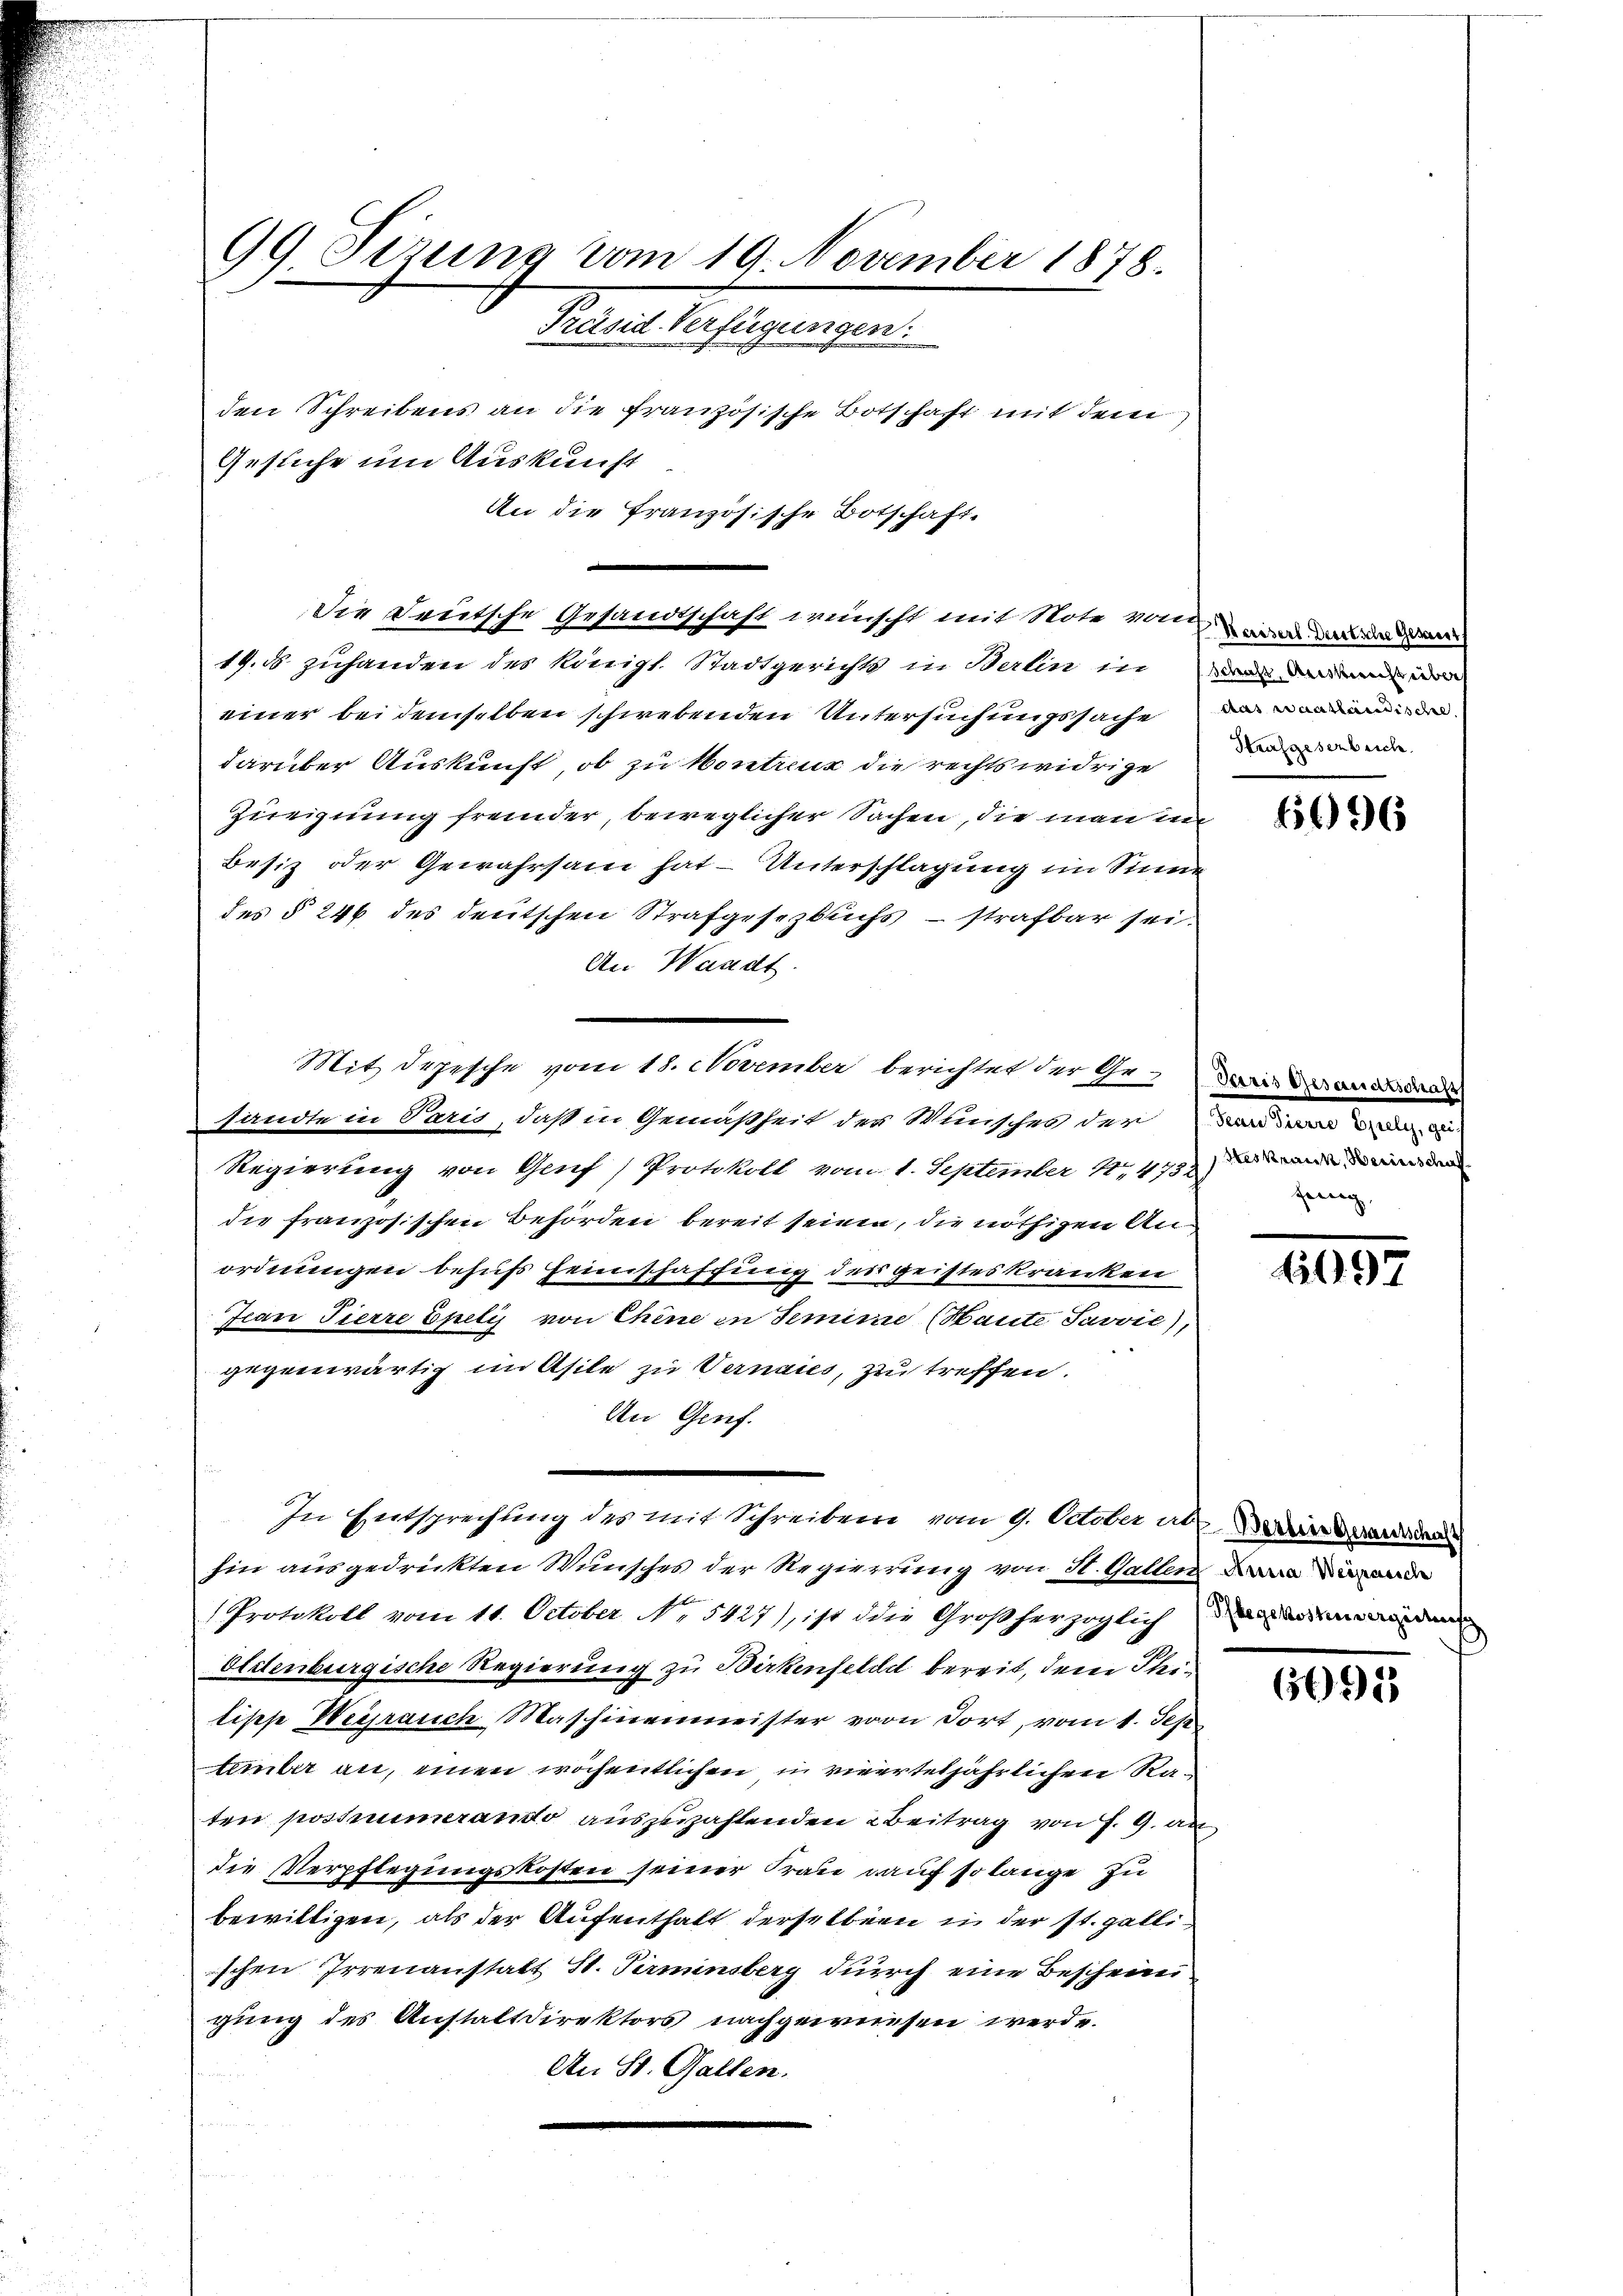
99. Sizung vom 19. November 1878.
Rhaettestigungen
den Schreibens an die französische Botschaft mit dem
Gesuche um Auskunft

An die Französische Botschaft.
Die Deutsche Gesandtschaft wünscht mit Note von in den ande
19. d. zuhanden des Königl. Stadtgerichts in Berlin in der
einer bei demselben schwebenden Untersuchungssache der
darüber Auskunft, ob zu Kontreux die rechtswidrige
Zueignung fremder, beweglicher Sachen, die man in
Besiz oder Gewahrsam hat - Unterschlagung im Sinn
des § 246 des deutschen Strafgesetzbuchs - strafbar sei.
An Waadt.
sandte in Paris, daß in Gemäßheit der Wunsches der
Regierung von Genf) Protokoll vom 1. September 1847 d
die französischen Behörden bereit seinen, die nöthigen Anordnungen behufs Heimschaffung des geisteskranken
Jean Pierre Epilys von Chine in Semine Haute Savvić),
gegenwärtig im Asile zu Vernaies, zu treffen.
An Genf.
e
.
In Entsprechung des mit Schreiben vom 9. October aber den
hin ausgedrückten Wunsches der Regierung von St. Gallen
Protokoll vom 11. October No 5427), ist die Großherzoglich
Olitenburgische Regierung zu Birkenfeldet bereit, dem Steitische Weihrauch Maschinenmeister von dort, vom 1. Sep
tember an, einen wöchentlichen in vierteljährlichen Raten postnumerando auszuzahlenden Beitrag von F. 9. an
die Verpflegungskosten seiner Frau auf so lange zu
bewilligen, als der Aufenthalt derselben in der st. galli
schen Irrenanstalt St. Terminsberg durch eine Bescheini
gung des Anstaltdirektors nachgewiesen werde.
An St. Gallen.

Mit depesche vom 18. November berichtet der Ge¬

Strafgesenbeich.

6096

Paris Gesandtschaf
dern einer 1909, 1
fennig,

1097

Pegekostevergierung

6092